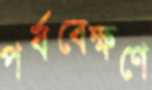
পর্যবেক্ষণে